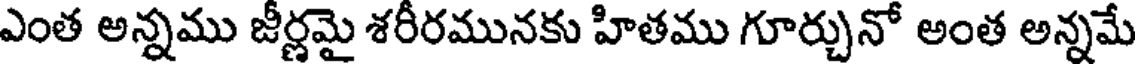
ఎంత అన్నము జీర్ణమై శరీరమునకు హితము గూర్చునో అంత అన్నమే